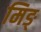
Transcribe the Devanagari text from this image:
मिङ्